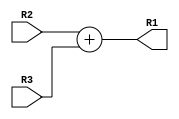
module  adder (R1,R2,R3);

input [31:0] R2,R3;
output [31:0] R1;   //regular output that will be displayed
wire [32:0] R1_carry;  //output with extra bit to check for carry
//output reg C;   //carry flag

assign R1 = R2 + R3; //output to be displayed
assign R1_carry = R2 + R3; //extra not output

    //always @ (*)
     
    //begin
        //if (R1_carry[32]==1) //check carry bit
        //assign C = 1'b1; // carry flag to 1
        
        //else
        //assign C = 1'b0;
    //end
    
endmodule